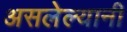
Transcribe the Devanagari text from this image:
असलेल्यानी